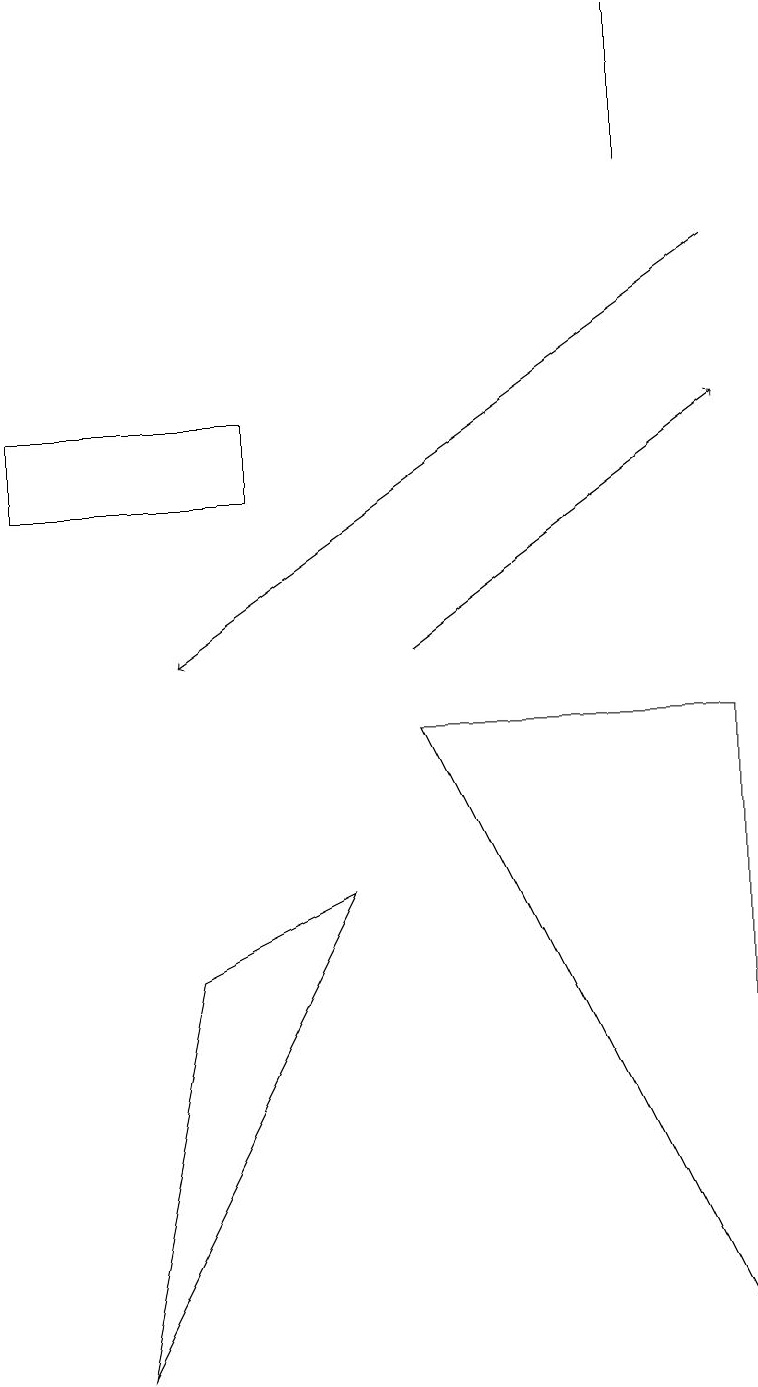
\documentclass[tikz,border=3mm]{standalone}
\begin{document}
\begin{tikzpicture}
\draw (2,6) -- (1,1) -- (4,7) -- cycle;
\draw (8,16) rectangle (8,18);
\draw[->] (5,10) -- (9,13);
\draw (9,9) -- (5,9) -- (9,1) -- cycle;
\draw (3,12) rectangle (0,13);
\draw[->] (9,15) -- (2,10);
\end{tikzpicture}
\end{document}